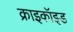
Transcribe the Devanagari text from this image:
क्राइकॉइड